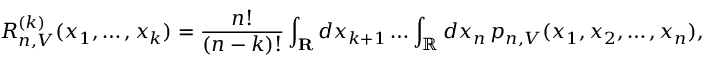
R _ { n , V } ^ { ( k ) } ( x _ { 1 } , \dots , x _ { k } ) = { \frac { n ! } { ( n - k ) ! } } \int _ { \mathbf { R } } d x _ { k + 1 } \dots \int _ { \mathbb { R } } d x _ { n } \, p _ { n , V } ( x _ { 1 } , x _ { 2 } , \dots , x _ { n } ) ,